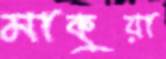
মাকুয়া